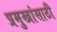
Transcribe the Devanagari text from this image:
प्रमुखांसाठी